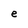
Character: e